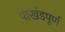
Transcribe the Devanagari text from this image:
पाखंडपूर्ण